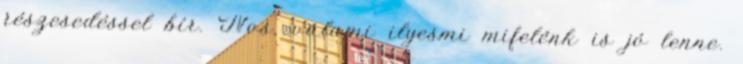
részesedéssel bír. Nos, valami ilyesmi mifelénk is jó lenne.